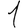
Digit: 1